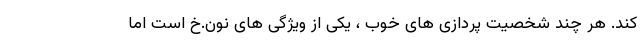
کند. هر چند شخصیت پردازی های خوب ، یکی از ویژگی های نون.خ است اما